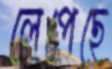
লেপেছে